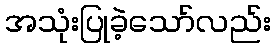
အသုံးပြုခဲ့သော်လည်း